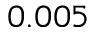
0 . 0 0 5